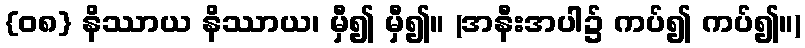
{၀၈} နိဿာယ နိဿာယ၊ မှီ၍ မှီ၍။ (အနီးအပါ၌ ကပ်၍ ကပ်၍။)